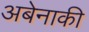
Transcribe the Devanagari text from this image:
अबेनाकी